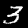
Digit: 3